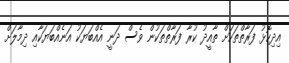
އިދިކޮޅު ފަރާތްތަކަށް ތާއީދު ކުރާ ފަރާތްތަކުން ވެސް ދަނީ އެއްބަޔަކު އަނެއްބަޔަކާއި ދިމާލަށް